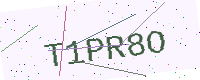
Text: T1PR8O